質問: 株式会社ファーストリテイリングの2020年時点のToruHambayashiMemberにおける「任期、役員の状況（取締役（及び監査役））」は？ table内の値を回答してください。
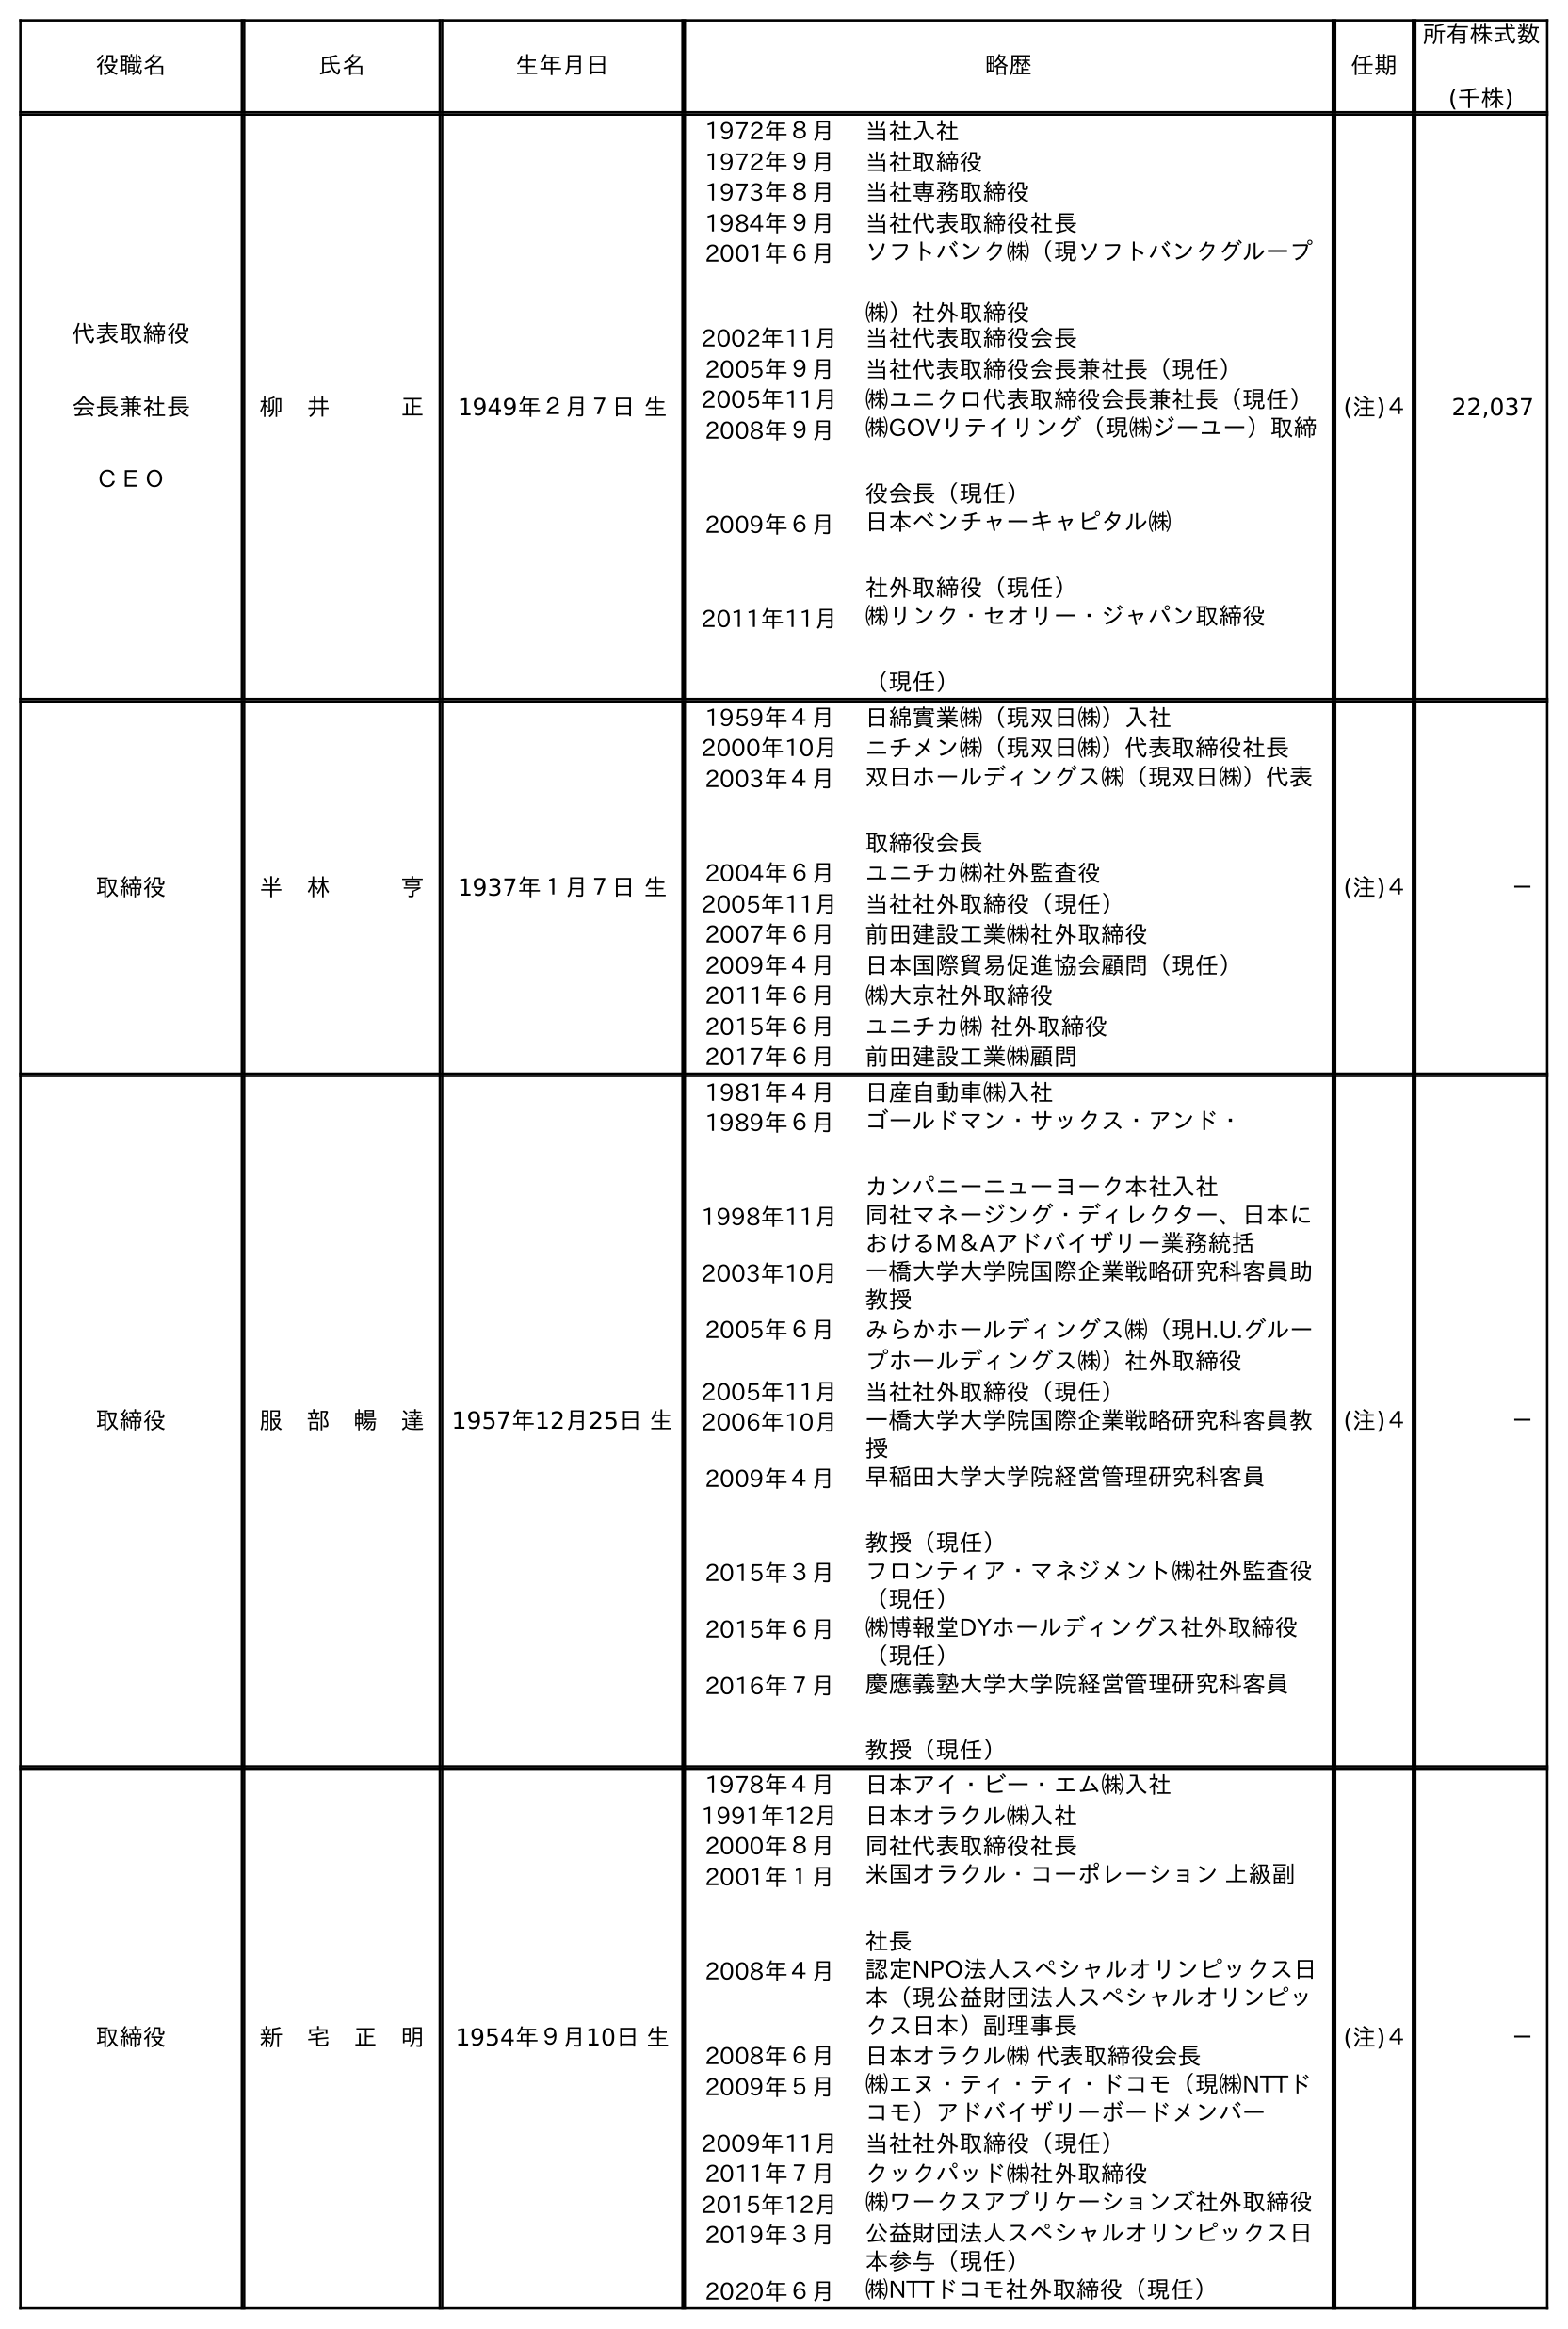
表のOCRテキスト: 役職名 氏名 生年月日 略歴 任期 所有株式数 (千株) 代表取締役 会長兼社長 ＣＥＯ 柳 井   正 1949年２月７日 生 1972年８月 当社入社 1972年９月 当社取締役 1973年８月 当社専務取締役 1984年９月 当社代表取締役社長 2001年６月 ソフトバンク㈱（現ソフトバンクグループ ㈱）社外取締役 2002年11月 当社代表取締役会長 2005年９月 当社代表取締役会長兼社長（現任） 2005年11月 ㈱ユニクロ代表取締役会長兼社長（現任） 2008年９月 ㈱GOVリテイリング（現㈱ジーユー）取締 役会長（現任） 2009年６月 日本ベンチャーキャピタル㈱ 社外取締役（現任） 2011年11月 ㈱リンク・セオリー・ジャパン取締役 （現任） (注)４ 22,037 取締役 半 林   亨 1937年１月７日 生 1959年４月 日綿實業㈱（現双日㈱）入社 2000年10月 ニチメン㈱（現双日㈱）代表取締役社長 2003年４月 双日ホールディングス㈱（現双日㈱）代表 取締役会長 2004年６月 ユニチカ㈱社外監査役 2005年11月 当社社外取締役（現任） 2007年６月 前田建設工業㈱社外取締役 2009年４月 日本国際貿易促進協会顧問（現任） 2011年６月 ㈱大京社外取締役 2015年６月 ユニチカ㈱ 社外取締役 2017年６月 前田建設工業㈱顧問 (注)４ － 取締役 服 部 暢 達 1957年12月25日 生 1981年４月 日産自動車㈱入社 1989年６月 ゴールドマン・サックス・アンド・ カンパニーニューヨーク本社入社 1998年11月 同社マネージング・ディレクター、日本に おけるM＆Aアドバイザリー業務統括 2003年10月 一橋大学大学院国際企業戦略研究科客員助 教授 2005年６月 みらかホールディングス㈱（現H.U.グルー プホールディングス㈱）社外取締役 2005年11月 当社社外取締役（現任） 2006年10月 一橋大学大学院国際企業戦略研究科客員教 授 2009年４月 早稲田大学大学院経営管理研究科客員 教授（現任） 2015年３月 フロンティア・マネジメント㈱社外監査役 （現任） 2015年６月 ㈱博報堂DYホールディングス社外取締役 （現任） 2016年７月 慶應義塾大学大学院経営管理研究科客員 教授（現任） (注)４ － 取締役 新 宅 正 明 1954年９月10日 生 1978年４月 日本アイ・ビー・エム㈱入社 1991年12月 日本オラクル㈱入社 2000年８月 同社代表取締役社長 2001年１月 米国オラクル・コーポレーション 上級副 社長 2008年４月 認定NPO法人スペシャルオリンピックス日 本（現公益財団法人スペシャルオリンピッ クス日本）副理事長 2008年６月 日本オラクル㈱ 代表取締役会長 2009年５月 ㈱エヌ・ティ・ティ・ドコモ（現㈱NTTド コモ）アドバイザリーボードメンバー 2009年11月 当社社外取締役（現任） 2011年７月 クックパッド㈱社外取締役 2015年12月 ㈱ワークスアプリケーションズ社外取締役 2019年３月 公益財団法人スペシャルオリンピックス日 本参与（現任） 2020年６月 ㈱NTTドコモ社外取締役（現任） (注)４ －
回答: (注)４